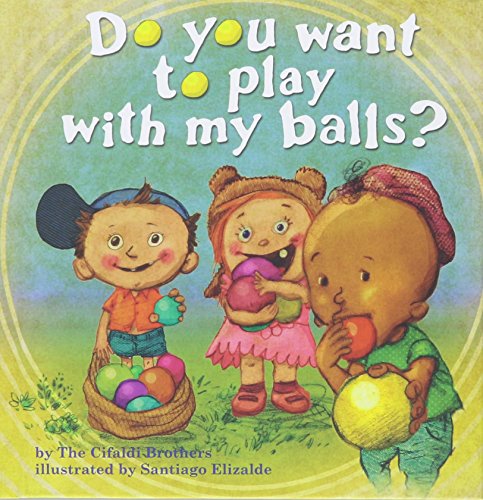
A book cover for Do You Want To Play With My Balls?; The Cifaldi Brothers; Humor & Entertainment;